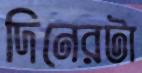
দিনেরটা